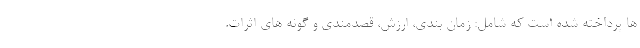
ها پرداخته شده است که شامل: زمان بندی، ارزش، قصدمندی و گونه های اثرات.